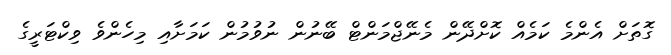
ގޮތަށް އެންމެ ކަމެއް ކޮށްދޭން މެނޭޖްމަންޓް ބޭނުން ނުވުމުން ކަމަށާއި މިހެންވެ ވިކްޓަރީގެ